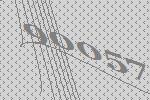
90057